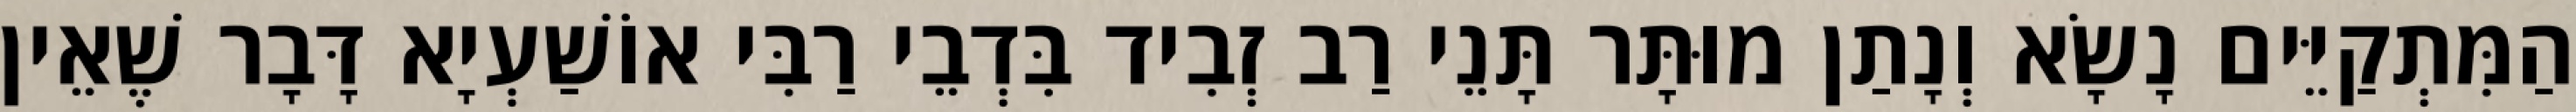
הַמִּתְקַיֵּים נָשָׂא וְנָתַן מוּתָּר תָּנֵי רַב זְבִיד בִּדְבֵי רַבִּי אוֹשַׁעְיָא דָּבָר שֶׁאֵין